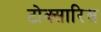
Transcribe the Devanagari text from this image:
टोक्सारिस